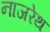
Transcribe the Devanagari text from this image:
नाजरेथ